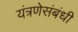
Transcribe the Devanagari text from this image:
यंत्रणेसंबंधी